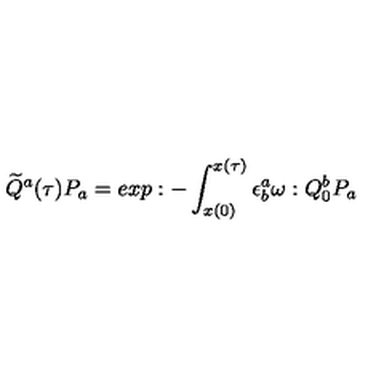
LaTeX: \widetilde Q ^ { a } ( \tau ) P _ { a } = e x p : - \int _ { x ( 0 ) } ^ { x ( \tau ) } \epsilon _ { b } ^ { a } \omega : Q _ { 0 } ^ { b } P _ { a }